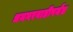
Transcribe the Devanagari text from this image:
धनगरवाडीपर्यंत